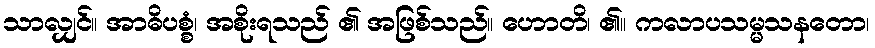
သာလျှင်။ အာဓိပစ္စံ၊ အစိုးရသည် ၏ အဖြစ်သည်။ ဟောတိ၊ ၏။ ကလာပသမ္မသနတော၊